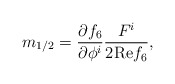
\begin{align*}m_{1/2}=\frac{\partial f_6}{\partial \phi^i} \frac{F^{i}}{2\mbox{Re} f_6},\end{align*}